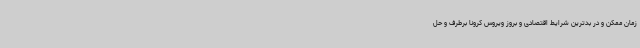
زمان ممکن و در بدترین شرایط اقتصادی و بروز ویروس کرونا برطرف و حل